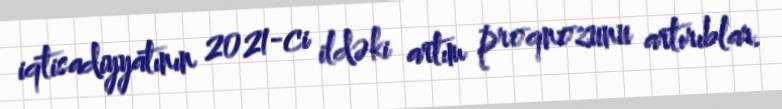
iqtisadiyyatının 2021-ci ildəki artım proqnozunu artırıblar.